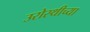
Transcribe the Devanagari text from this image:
उरोस्थीच्या